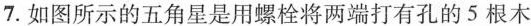
7.如图所示的五角星是用螺栓将两端打有孔的5根木